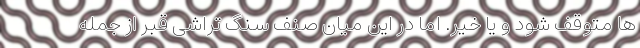
ها متوقف شود و یا خیر. اما در این میان صنف سنگ تراشی قبر از جمله